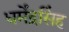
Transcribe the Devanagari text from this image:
धर्मेंद्रसिंह